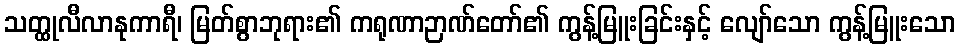
သတ္ထုလီလာနုကာရီ၊ မြတ်စွာဘုရား၏ ကရုဏာဉာဏ်တော်၏ ကွန့်မြူးခြင်းနှင့် လျော်သော ကွန့်မြူးသော